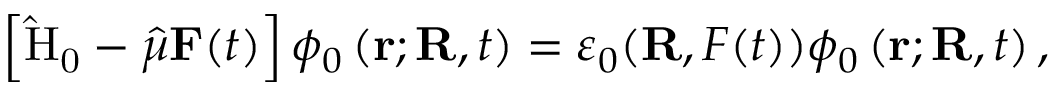
\left[ \mathrm { \hat { H } _ { 0 } } - \boldsymbol { \hat { \mu } } \mathbf { F } ( t ) \right] \phi _ { 0 } \left( \mathbf { r } ; \mathbf { R } , t \right) = \varepsilon _ { 0 } ( \mathbf { R } , F ( t ) ) \phi _ { 0 } \left( \mathbf { r } ; \mathbf { R } , t \right) ,